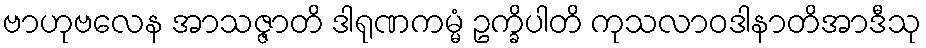
ဗာဟုဗလေန အာသဇ္ဇာတိ ဒါရုဏကမ္မံ ဥက္ခိပါတိ ကုသလာဝဒါနာတိအာဒီသု